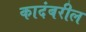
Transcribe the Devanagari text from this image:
कादंबरील